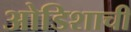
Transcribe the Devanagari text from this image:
ओडिशाची